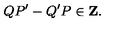
Q P ^ { \prime } - Q ^ { \prime } P \in { \bf Z } .